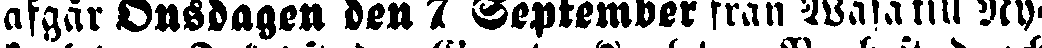
afgår Onsdagen den 7 September från Wasa till Ny-